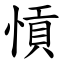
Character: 愩